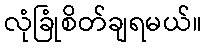
လုံခြုံစိတ်ချရမယ်။